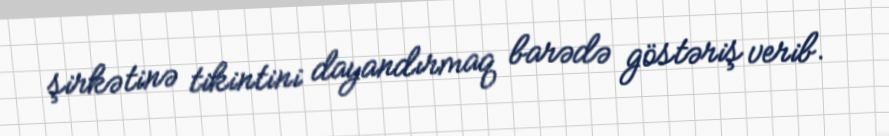
şirkətinə tikintini dayandırmaq barədə göstəriş verib.